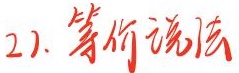
2). 等价说法